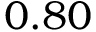
0 . 8 0